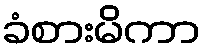
ခံစားမိကာ